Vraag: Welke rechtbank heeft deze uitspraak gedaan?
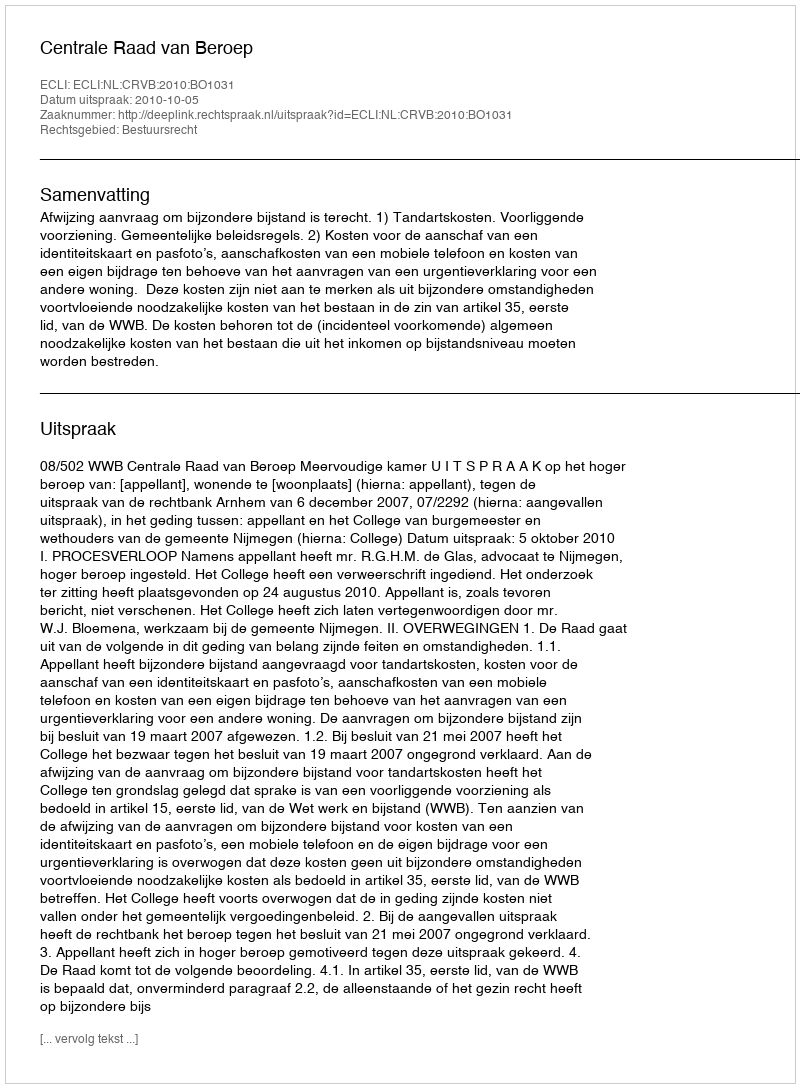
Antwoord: Centrale Raad van Beroep